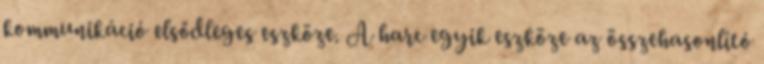
kommunikáció elsődleges eszköze. A harc egyik eszköze az összehasonlító